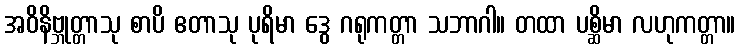
အဝိနိဗ္ဘုတ္တာသု စာပိ ဧတာသု ပုရိမာ ဒွေ ဂရုကတ္တာ သဘာဂါ။ တထာ ပစ္ဆိမာ လဟုကတ္တာ။